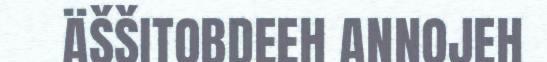
ÄŠŠITOBDEEH ANNOJEH